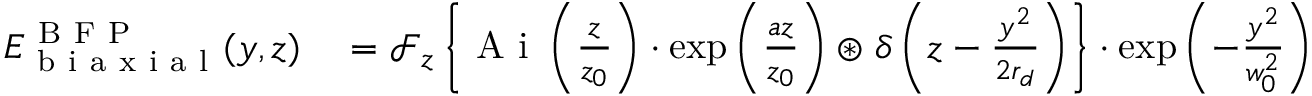
\begin{array} { r l } { E _ { \mathrm { ~ b ~ i ~ a ~ x ~ i ~ a ~ l ~ } } ^ { \mathrm { ~ B ~ F ~ P ~ } } ( y , z ) } & { { } = \ensuremath { \mathcal { F } } _ { z } \left\{ \ensuremath { \mathrm { ~ A ~ i ~ } } \left( \frac { z } { z _ { 0 } } \right) \cdot \exp \left( \frac { a z } { z _ { 0 } } \right) \ensuremath { \circledast } \delta \left( z - \frac { y ^ { 2 } } { 2 r _ { d } } \right) \right\} \cdot \exp \left( - \frac { y ^ { 2 } } { w _ { 0 } ^ { 2 } } \right) . } \end{array}